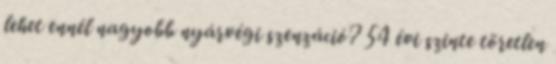
lehet ennél nagyobb nyárvégi szenzáció? 54 évi szinte töretlen